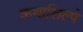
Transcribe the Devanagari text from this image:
कथाशिल्पे